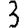
Digit: 3